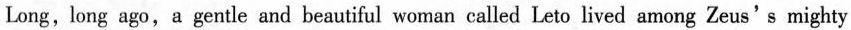
Long, long ago,a gentle and beautiful woman called Leto lived among Zeus's mighty